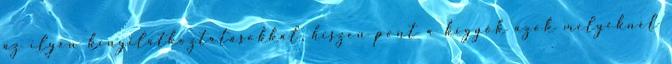
az ilyen kinyilatkoztatásokkal, hiszen pont a kígyók azok melyeknél